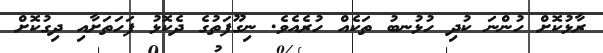
ރާޅުކޮށް ހުންނަ ކުދި ހުޅުނބު ތަކެއް ހުރެއެވެ. ނިގޫފަތުގެ ދެކޮޅު ފަހަތަށާއި ދިގުކޮށް